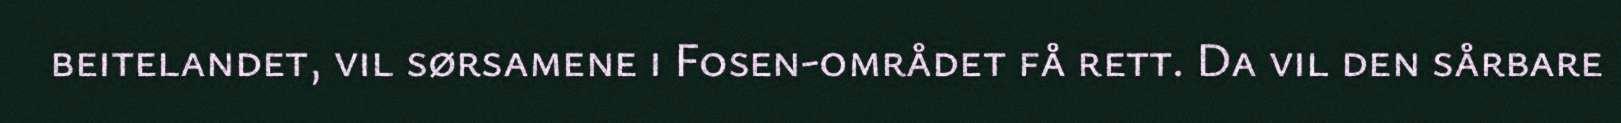
beitelandet, vil sørsamene i Fosen-området få rett. Da vil den sårbare